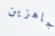
جاهزين